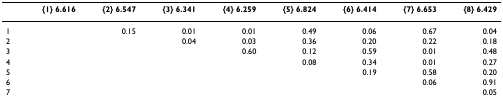
|  | {1} 6.616 | {2} 6.547 | {3} 6.341 | {4} 6.259 | {5} 6.824 | {6} 6.414 | {7} 6.653 | {8} 6.429 |
 | --- | --- | --- | --- | --- | --- | --- | --- | --- |
 | 1 |  | 0.15 | 0.01 | 0.01 | 0.49 | 0.06 | 0.67 | 0.04 |
 | 2 |  |  | 0.04 | 0.03 | 0.36 | 0.20 | 0.22 | 0.18 |
 | 3 |  |  |  | 0.60 | 0.12 | 0.59 | 0.01 | 0.48 |
 | 4 |  |  |  |  | 0.08 | 0.34 | 0.01 | 0.27 |
 | 5 |  |  |  |  |  | 0.19 | 0.58 | 0.20 |
 | 6 |  |  |  |  |  |  | 0.06 | 0.91 |
 | 7 |  |  |  |  |  |  |  | 0.05 |